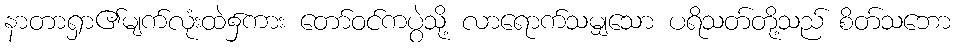
နာတာရှာ၏မျက်လုံးထဲ၌ကား တော်ဝင်ကပွဲသို့ လာရောက်သမျှသော ပရိသတ်တို့သည် စိတ်သဘော